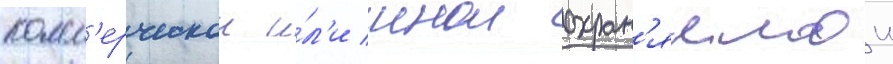
комм'ерческои и́л'и инои охран'яемои